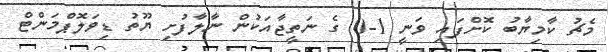
މެޗު ކާމިޔާބު ކޮށްފައި ވަނީ 1-0 ގެ ނަތީޖާއަކުން ނާލާފުށި ޔޫތު ޑިވަލޮޕްމަންޓް